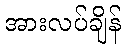
အားလပ်ချိန်